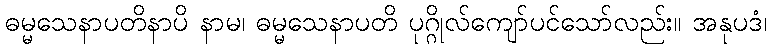
ဓမ္မသေနာပတိနာပိ နာမ၊ ဓမ္မသေနာပတိ ပုဂ္ဂိုလ်ကျော်ပင်သော်လည်း။ အနုပဒံ၊